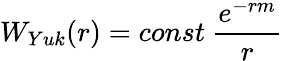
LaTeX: W_{Yuk}(r)=const\ \frac{e^{-rm}}{r}